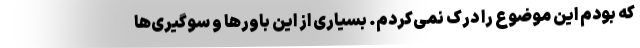
که بودم این موضوع را درک نمی‌کردم. بسیاری از این باورها و سوگیری‌ها